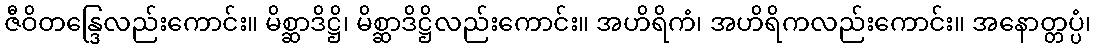
ဇီဝိတန္ဒြေလည်းကောင်း။ မိစ္ဆာဒိဋ္ဌိ၊ မိစ္ဆာဒိဋ္ဌိလည်းကောင်း။ အဟိရိကံ၊ အဟိရိကလည်းကောင်း။ အနောတ္တပ္ပံ၊